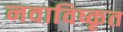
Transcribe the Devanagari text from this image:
नवाविष्कृत